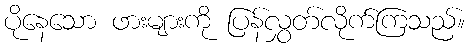
ပိုနေသော ဖားများကို ပြန်လွှတ်လိုက်ကြသည်။